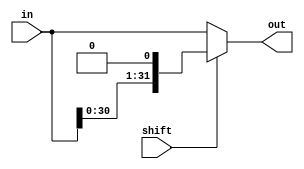
module sll_one(in, shift, out);
input [31:0] in;
input shift;
output [31:0] out;
wire [31:0] temp;

assign temp[0] = 0;
assign temp[31:1] = in[30:0];

assign out = (shift == 1) ? temp : in;

endmodule

module sll_two(in, shift, out);
input [31:0] in;
input shift;
output [31:0] out;
wire [31:0] temp;

assign temp[1:0] = 0;
assign temp[31:2] = in[29:0];

assign out = (shift == 1) ? temp : in;

endmodule

module sll_four(in, shift, out);
input [31:0] in;
input shift;
output [31:0] out;
wire [31:0] temp;

assign temp[3:0] = 0;
assign temp[31:4] = in[26:0];

assign out = (shift == 1) ? temp : in;

endmodule

module sll_eight(in, shift, out);
input [31:0] in;
input shift;
output [31:0] out;
wire [31:0] temp;

assign temp[7:0] = 0;
assign temp[31:8] = in[23:0];

assign out = (shift == 1) ? temp : in;

endmodule

module sll_steen(in, shift, out);
input [31:0] in;
input shift;
output [31:0] out;
wire [31:0] temp;

assign temp[15:0] = 0;
assign temp[31:16] = in[15:0];

assign out = (shift == 1) ? temp : in;

endmodule

module sll(in, shift, out); //https://esrd2014.blogspot.com/p/barrel-shifter.html
    input [31:0] in;
    output [31:0] out;
    input [4:0] shift; //5 bits shiftamount = 5 layers of mux
    wire [31:0] bus1, bus2, bus3, bus4; //buses to connect each mux layer

    sll_one shifterone(in, shift[0], bus1);
    sll_two shiftertwo(bus1, shift[1], bus2);
    sll_four shifterthree(bus2, shift[2], bus3);
    sll_eight shifterfour(bus3, shift[3], bus4);
    sll_steen shifterfive(bus4, shift[4], out);

endmodule